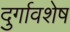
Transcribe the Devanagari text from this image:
दुर्गावशेष